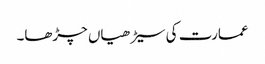
عمارت کی سیڑھیاں چڑھا۔